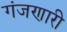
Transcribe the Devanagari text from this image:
गंजणारी